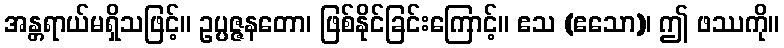
အန္တရာယ်မရှိသဖြင့်။ ဥပ္ပဇ္ဇနတော၊ ဖြစ်နိုင်ခြင်းကြောင့်။ ဧသ (ဧသော)၊ ဤ ဖဿကို။